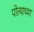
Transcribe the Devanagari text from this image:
पोत्याच्या